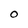
Character: O